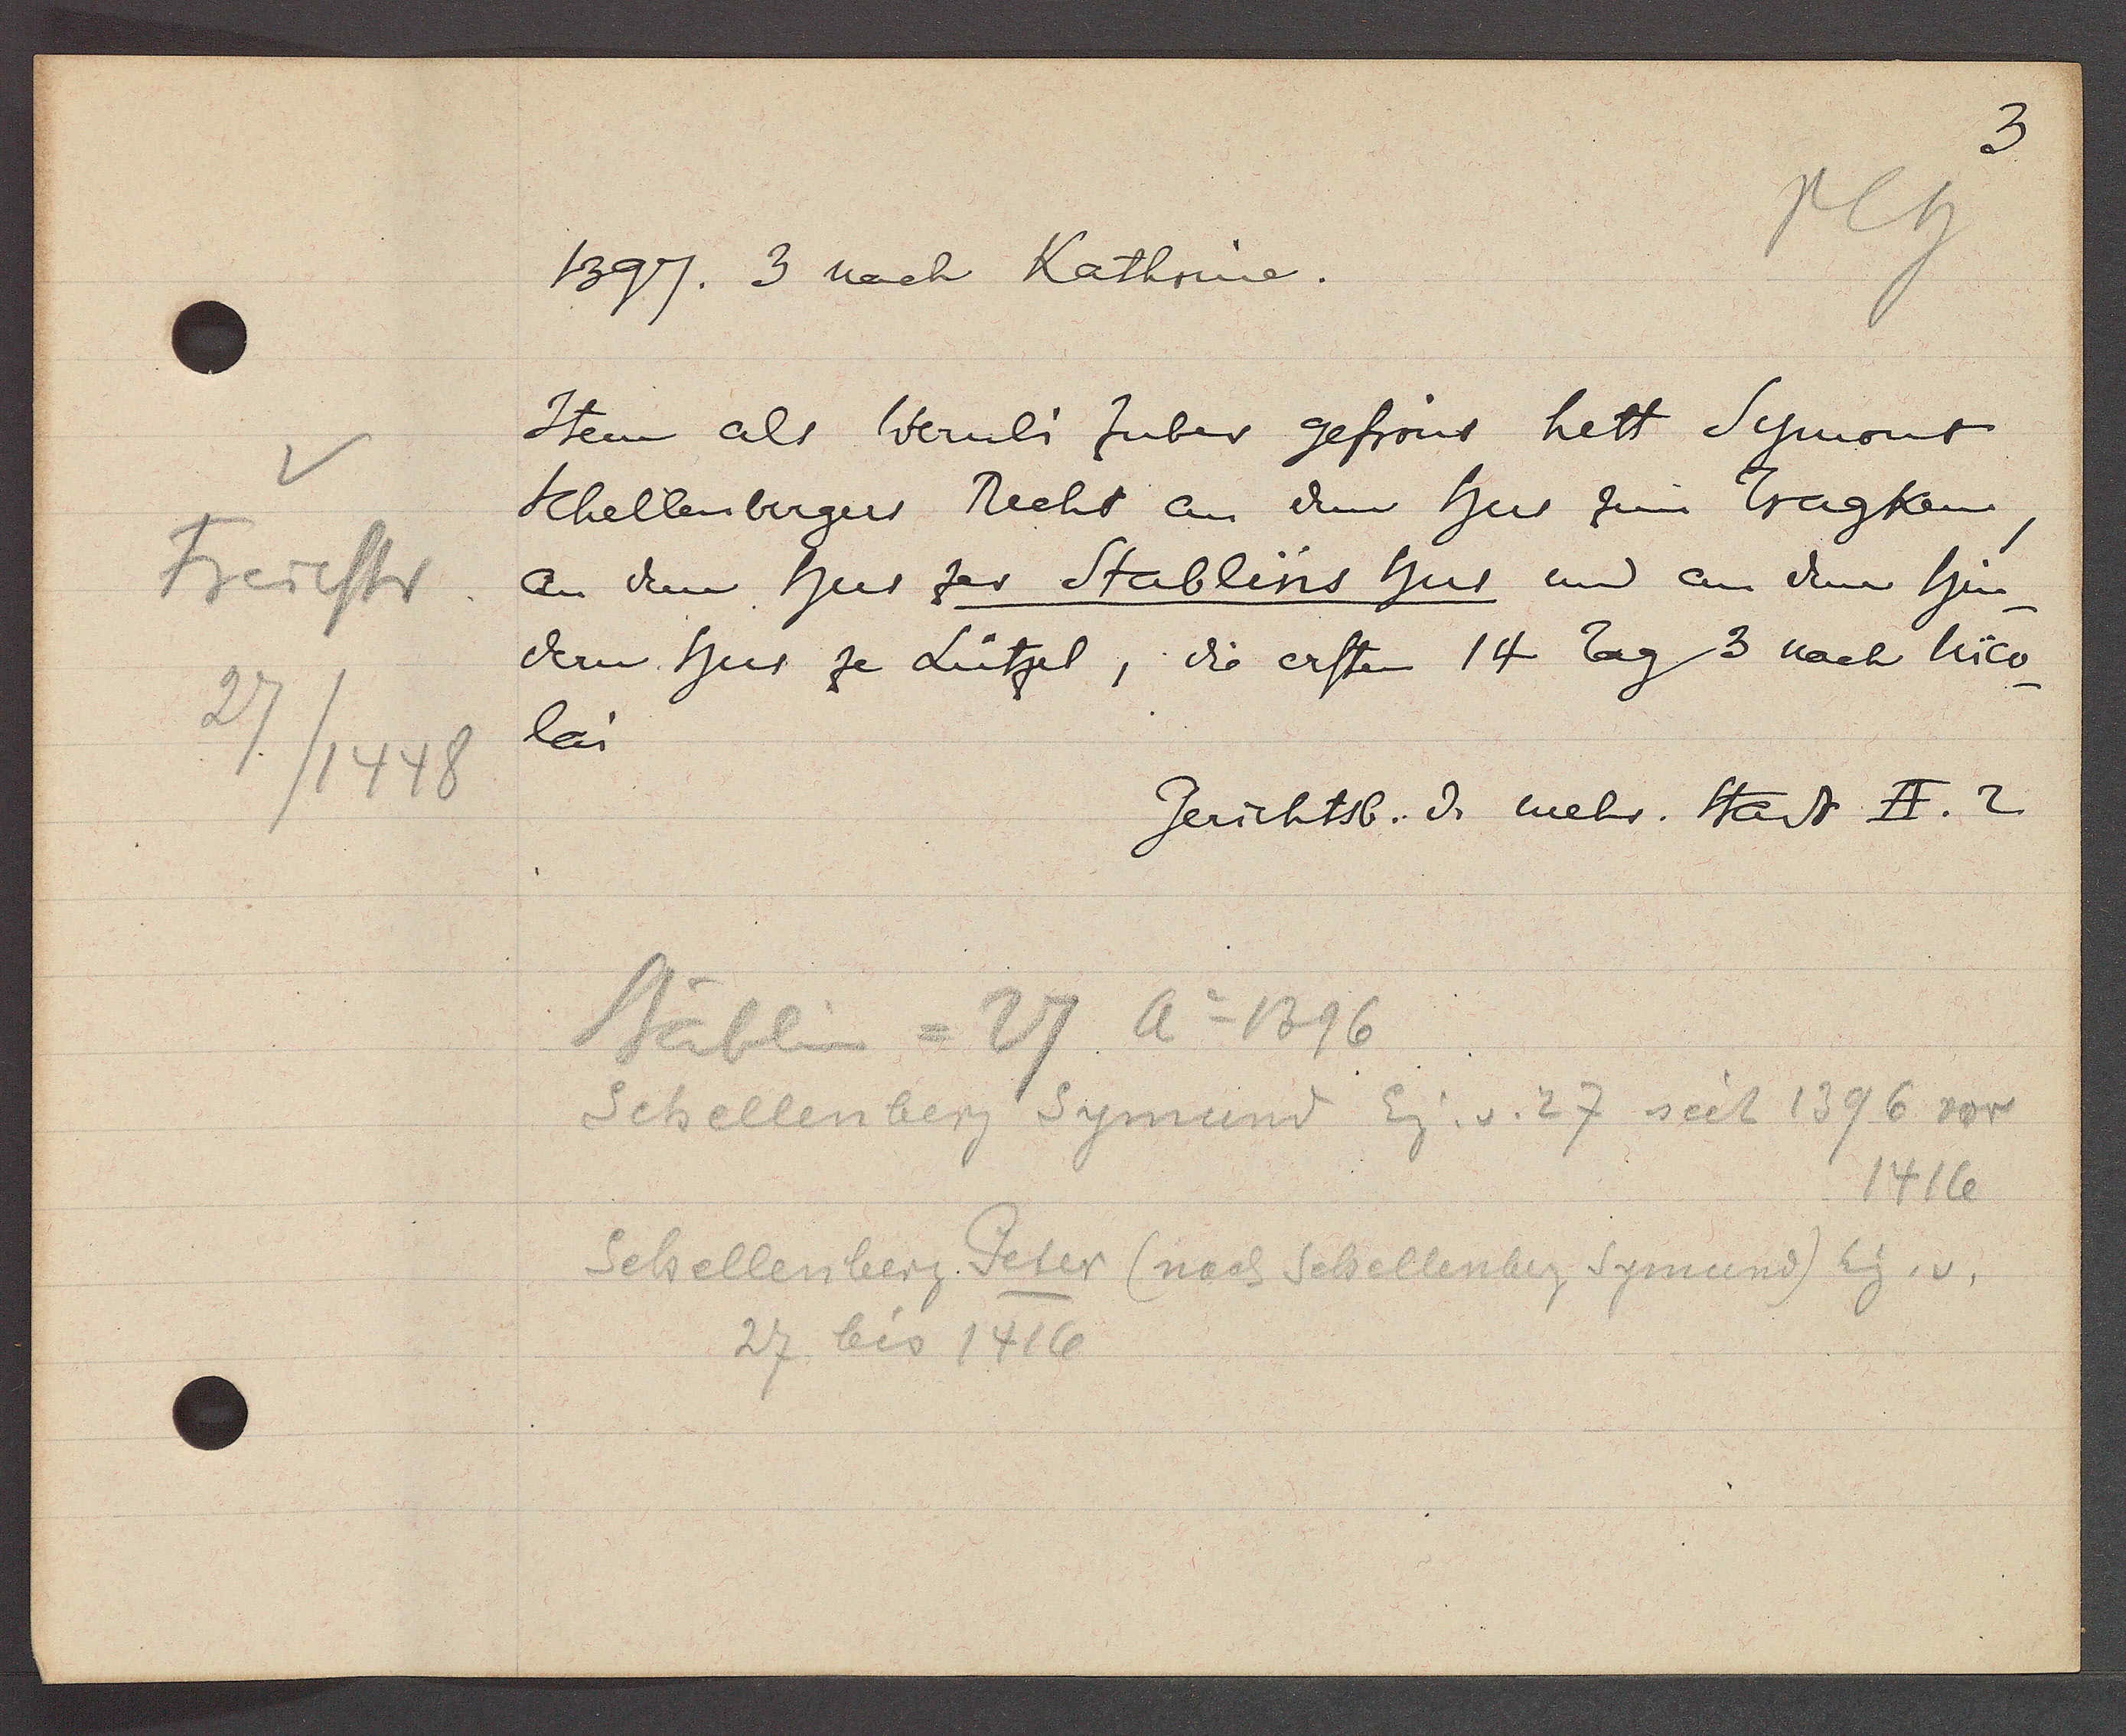
Transcript:
Freiestr
27
/1448

1397. 3 nach Kathrine.

Item als Wernli huber gefrönt hett Symont
Schellenbergers Recht an dem hus zum Tragken,
an dem hus zer Stablins hus und an dem hin¬
dern hus ze Lützel, die ersten 14 Tag 3 nach nico¬
lai

Gerichtsb. d. mehr. Stadt II. 2

Stäblin = 27 Ao 1396
Schellenberg Symund Eig. v. 27 seit 1396 vor
1416
Schellenberg Peter (nach Schellenbeg Symund) Eig. v.
27 bis 1416